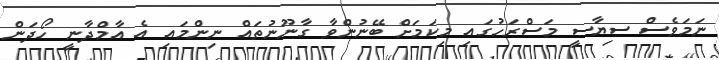
ނަމަވެސް ސިޔާސީ މަސްރަހުގައި މިކަމަށް ބޭނުންވާ ގާނޫނުތައް ނިންމައި އެ އާމްދާނީ ހޯދަން